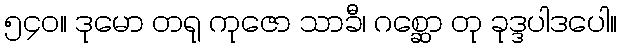
၅၄၀။ ဒုမော တရု ကုဇော သာခီ၊ ဂစ္ဆော တု ခုဒ္ဒပါဒပေါ။